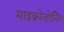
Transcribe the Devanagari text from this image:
माइक्रोज़ोनिंग